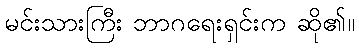
မင်းသားကြီး ဘာဂရေးရှင်းက ဆို၏။